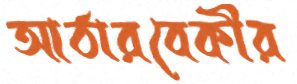
আঠারবেকীর